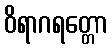
ဝိရာဂရတ္တော